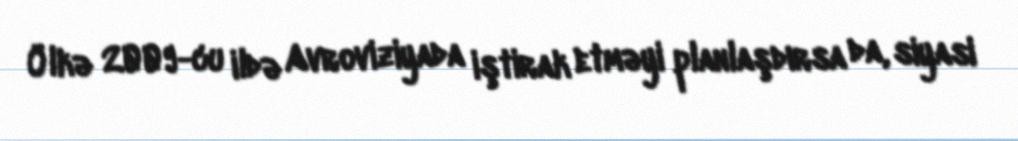
Ölkə 2009-cu ildə Avroviziyada iştirak etməyi planlaşdırsa da, siyasi